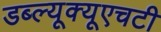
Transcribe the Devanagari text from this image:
डब्ल्यूक्यूएचटी